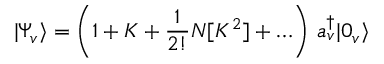
| \Psi _ { v } \rangle = \left( 1 + K + \frac { 1 } { 2 ! } N [ K ^ { 2 } ] + \ldots \right) \, a _ { v } ^ { \dagger } | 0 _ { v } \rangle